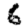
Digit: 6